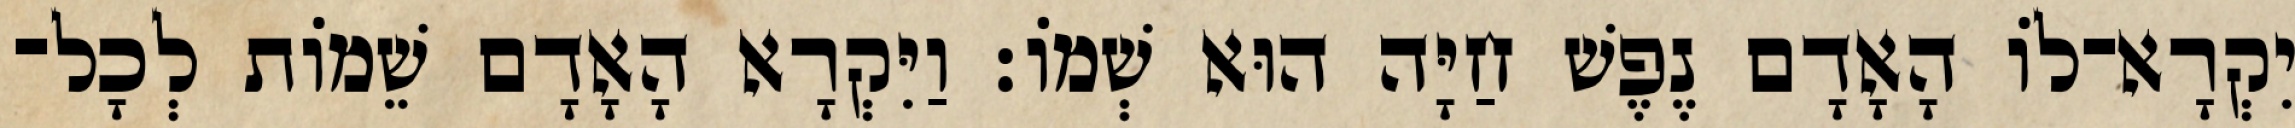
יִקְרָא־לֹו הָאָדָם נֶפֶשׁ חַיָּה הוּא שְׁמֹו׃ וַיִּקְרָא הָאָדָם שֵׁמֹות לְכָל־